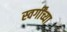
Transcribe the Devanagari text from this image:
स्वर्गींच्या